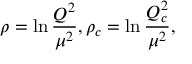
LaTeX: \rho = \ln { \frac { Q ^ { 2 } } { \mu ^ { 2 } } } , \rho _ { c } = \ln { \frac { Q _ { c } ^ { 2 } } { \mu ^ { 2 } } } ,